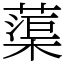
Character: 蕖